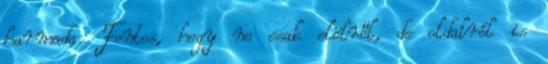
harmada. Fontos, hogy ne csak elölről, de oldalról is